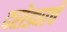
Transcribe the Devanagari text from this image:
दरोड्याचे